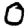
Digit: 0